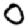
Digit: 0